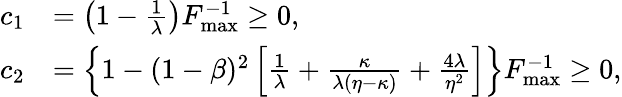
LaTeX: \begin{array}{rl}{c_{1}}&{=\left(1-\frac{1}{\lambda}\right)F_{\operatorname*{max}}^{-1}\geq 0,}\\ {c_{2}}&{=\left\{ 1-(1-\beta)^{2}\left[\frac{1}{\lambda}+\frac{\kappa}{\lambda(\eta-\kappa)}+\frac{4\lambda}{\eta^{2}}\right]\right\} F_{\operatorname*{max}}^{-1}\geq 0,}\end{array}